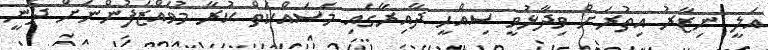
އަލީ ނިޒާރު އިތުރަށް ވިދާޅުވީ ސިއްހީ ދާއިރާގައި މަސައްކަތް ކުރާ މުވައްޒަފުންނަށް ދެނީ